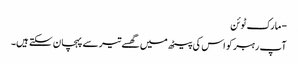
- مارک ٹوئن
آپ رہبر کو اس کی پیٹھ میں گھسے تیر سے پہچان سکتے ہیں۔